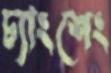
চ্যাংশেং